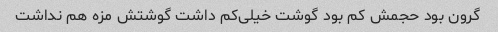
گرون بود حجمش کم بود‌ گوشت خیلی‌کم داشت گوشتش مزه هم نداشت